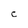
Character: C